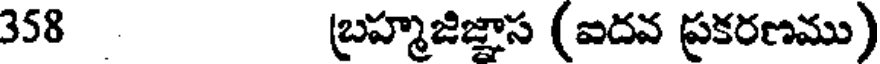
358 బ్రహ్మజిజ్ఞాస (ఐదవ ప్రకరణము)